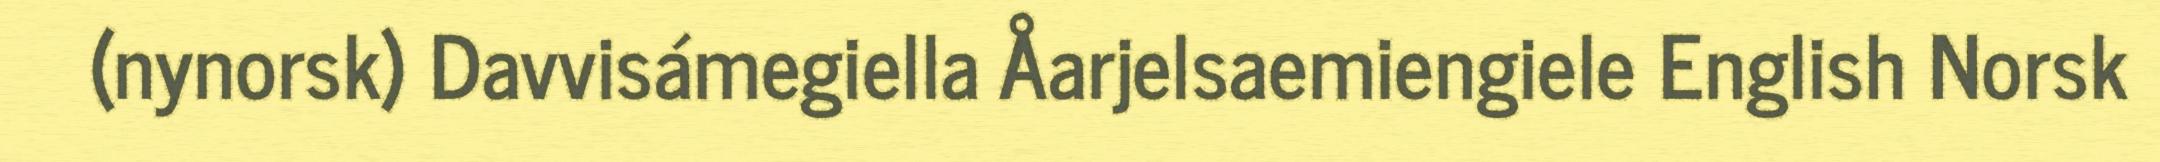
(nynorsk) Davvisámegiella Åarjelsaemiengiele English Norsk